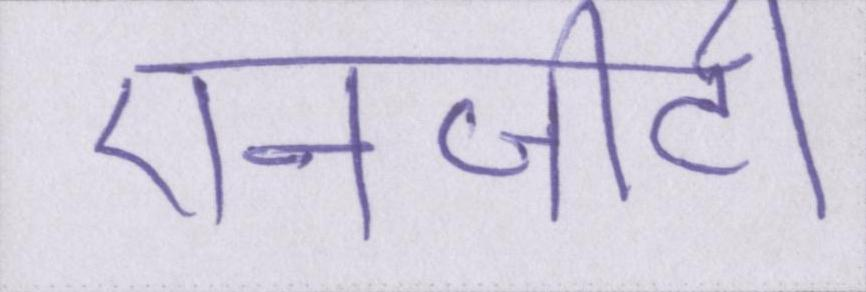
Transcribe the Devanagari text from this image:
एनजीटी